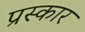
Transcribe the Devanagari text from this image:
प्रस्कार